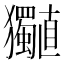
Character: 𤣡